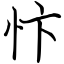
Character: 忭